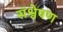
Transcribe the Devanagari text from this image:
संश्वेषण